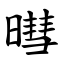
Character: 暳